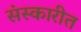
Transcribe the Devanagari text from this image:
संस्कारीत